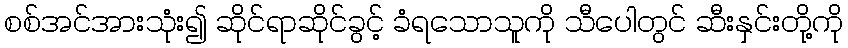
စစ်အင်အားသုံး၍ ဆိုင်ရာဆိုင်ခွင့် ခံရသောသူကို သီပေါတွင် ဆီးနှင်းတို့ကို